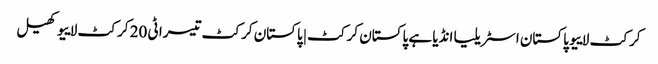
کرکٹ لاییو پاکستان اسٹریلیا انڈیا ہے پاکستان کرکٹ | پاکستان کرکٹ تیسرا ٹی 20 کرکٹ لاییو کھیل